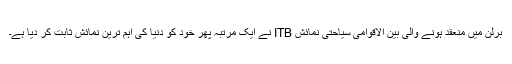
برلن میں منعقد ہونے والی بین الاقوامی سیاحتی نمائش ITB نے ایک مرتبہ پھر خود کو دنیا کی اہم ترین نمائش ثابت کر دیا ہے۔